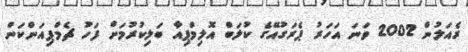
ރެއަލުން 2002 ވަނަ އަހަރު ޕެރަގުއޭގެ ކުލަބް އޮލިމްޕިއާ ބަލިކުރުމަށް ފަހު ޗެމްޕިއަންކަން